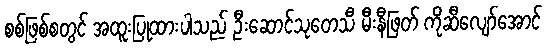
စစ်ဖြစ်စတွင် အထူးပြုထားပါသည် ဦးဆောင်သုတေသီ မီးနီဖြတ် ကိုဆီလျော်အောင်